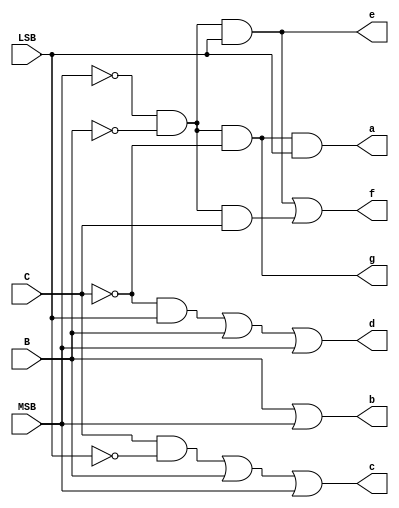
/*                      --------DECODIFICADOR DE 7 SEGMENTOS--------*/

module decoder_seven(a, b, c, d, e, f, g, MSB, B, C, LSB);
    /*CONVERTE UMA ENTRADA DE 4 BIT'S EM UMA SAIDA DE 7 BIT'S PARA CONTROLAR O DISPLAY DE 7 SEGMENTOS;
    OBS. O DISPLAY  DE LOGICA NEGATIVA*/
   
    input MSB, B, C, LSB;
    output a, b, c, d, e, f, g; // SEGMENTOS DO DISPLAY;
   
    wire notMSB, notB, notC, notLSB;
    wire aux_c, aux_d, aux_f1, aux_f2;
    
    /*NEGAR OS VALORES DAS ENTRADAS  */
    not INVERTER_MSB (notMSB, MSB);
    not INVERTER_B (notB, B);
    not INVERTER_C (notC, C);
    not INVERTER_LSB (notLSB, LSB);
   
    and DEFINIR_A (a, notMSB, notB, notC, LSB);
   
    or DEFINIR_B (b, B, MSB);
   
    and C_NOT_D (aux_c, C, notLSB);
    or DEFINIR_C (c, aux_c, B, MSB);
   
    and NOT_C_D (aux_d, notC, LSB);
    or DEFINIR_D (d, aux_d, B, MSB);
   
    and DEFINIR_E (e, notMSB, notB, LSB);
   
    and NOT_A_NOT_B_D (aux_f1, notMSB, notB, LSB);
    and NOT_A_NOT_B_C (aux_f2, notMSB, notB, C);
    or DEFINIR_F (f, aux_f1, aux_f2);
   
    and DEFINIR_G (g, notMSB, notB, notC);

endmodule